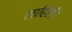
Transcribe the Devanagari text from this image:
लाहिरी।